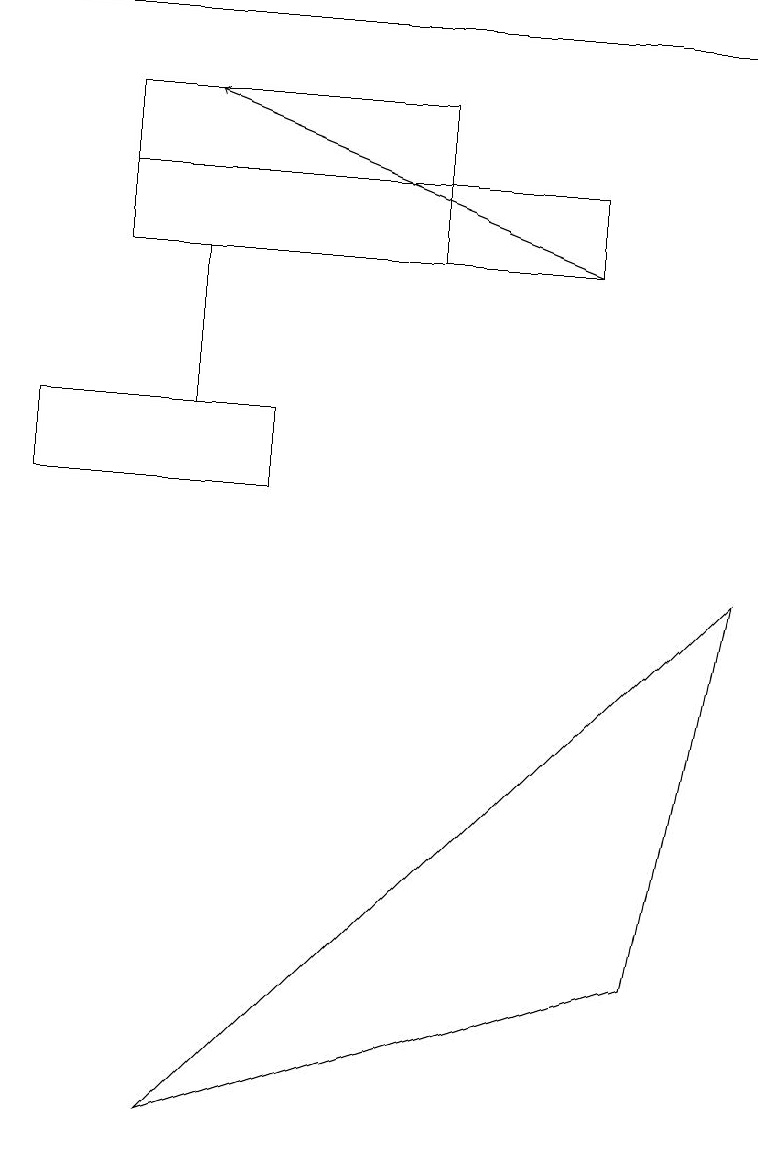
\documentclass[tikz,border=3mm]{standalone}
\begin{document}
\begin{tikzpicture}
\draw (2,13) rectangle (2,11);
\draw (3,10) rectangle (0,11);
\draw (1,13) rectangle (7,14);
\draw[->] (7,13) -- (2,15);
\draw (9,9) -- (8,4) -- (2,2) -- cycle;
\draw (0,16) rectangle (9,16);
\draw (5,13) rectangle (1,15);
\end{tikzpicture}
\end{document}